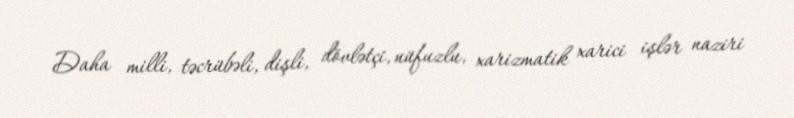
Daha milli, təcrübəli, dişli, dövlətçi, nüfuzlu, xarizmatik xarici işlər naziri